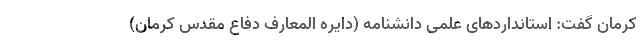
کرمان گفت: استانداردهای علمی دانشنامه (دایره المعارفِ دفاع مقدس کرمان)